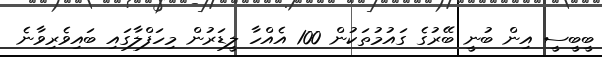
ބީބީސީ އިން ބުނީ ބޭރުގެ ގައުމުތަކުން 100 އެއްހާ ލީޑަރުން މިހަފްލާގައި ބައިވެރިވާނެ